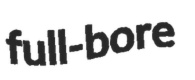
full-bore